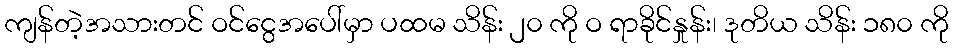
ကျန်တဲ့အသားတင် ဝင်ငွေအပေါ်မှာ ပထမ သိန်း ၂၀ ကို ဝ ရာခိုင်နှုန်း၊ ဒုတိယ သိန်း ၁၈၀ ကို